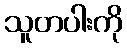
သူတပါးကို